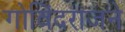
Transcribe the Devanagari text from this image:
गोविंदराजने